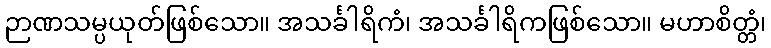
ဉာဏသမ္ပယုတ်ဖြစ်သော။ အသင်္ခါရိကံ၊ အသင်္ခါရိကဖြစ်သော။ မဟာစိတ္တံ၊